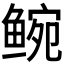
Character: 𬶝